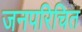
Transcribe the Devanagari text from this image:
जनपरिचित